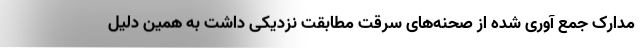
مدارک جمع آوری شده از صحنه‌های سرقت مطابقت نزدیکی داشت به همین دلیل